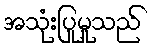
အသုံးပြုမှုသည်